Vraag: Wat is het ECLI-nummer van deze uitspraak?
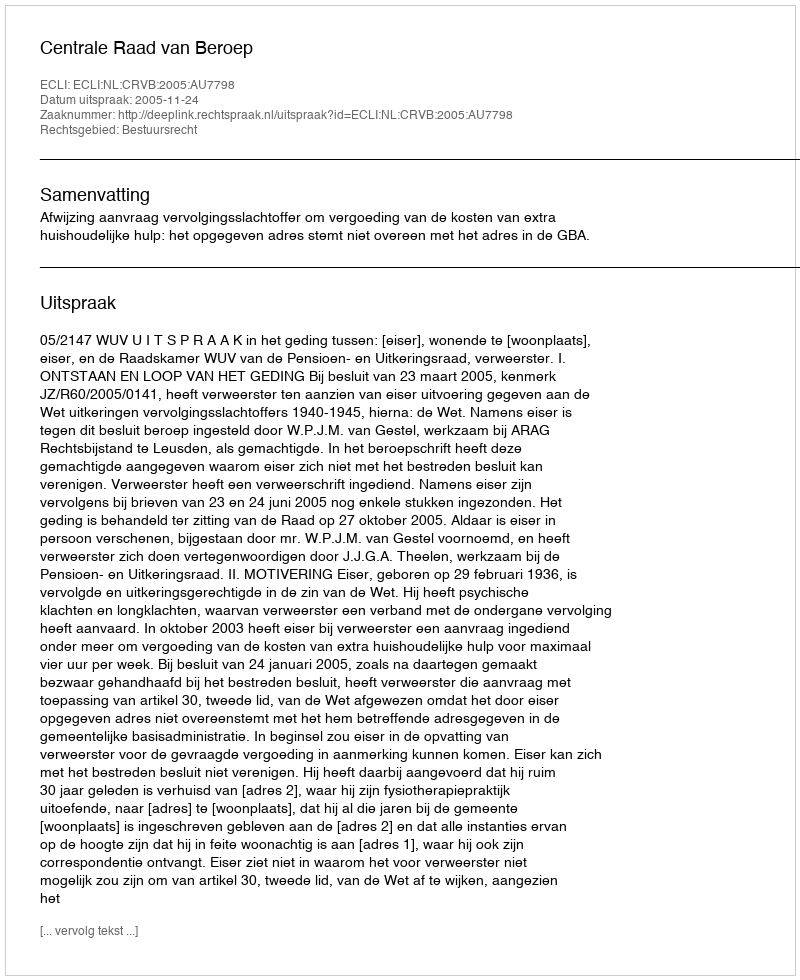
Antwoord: ECLI:NL:CRVB:2005:AU7798